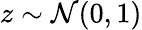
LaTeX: z\sim\mathcal{N}(0,1)